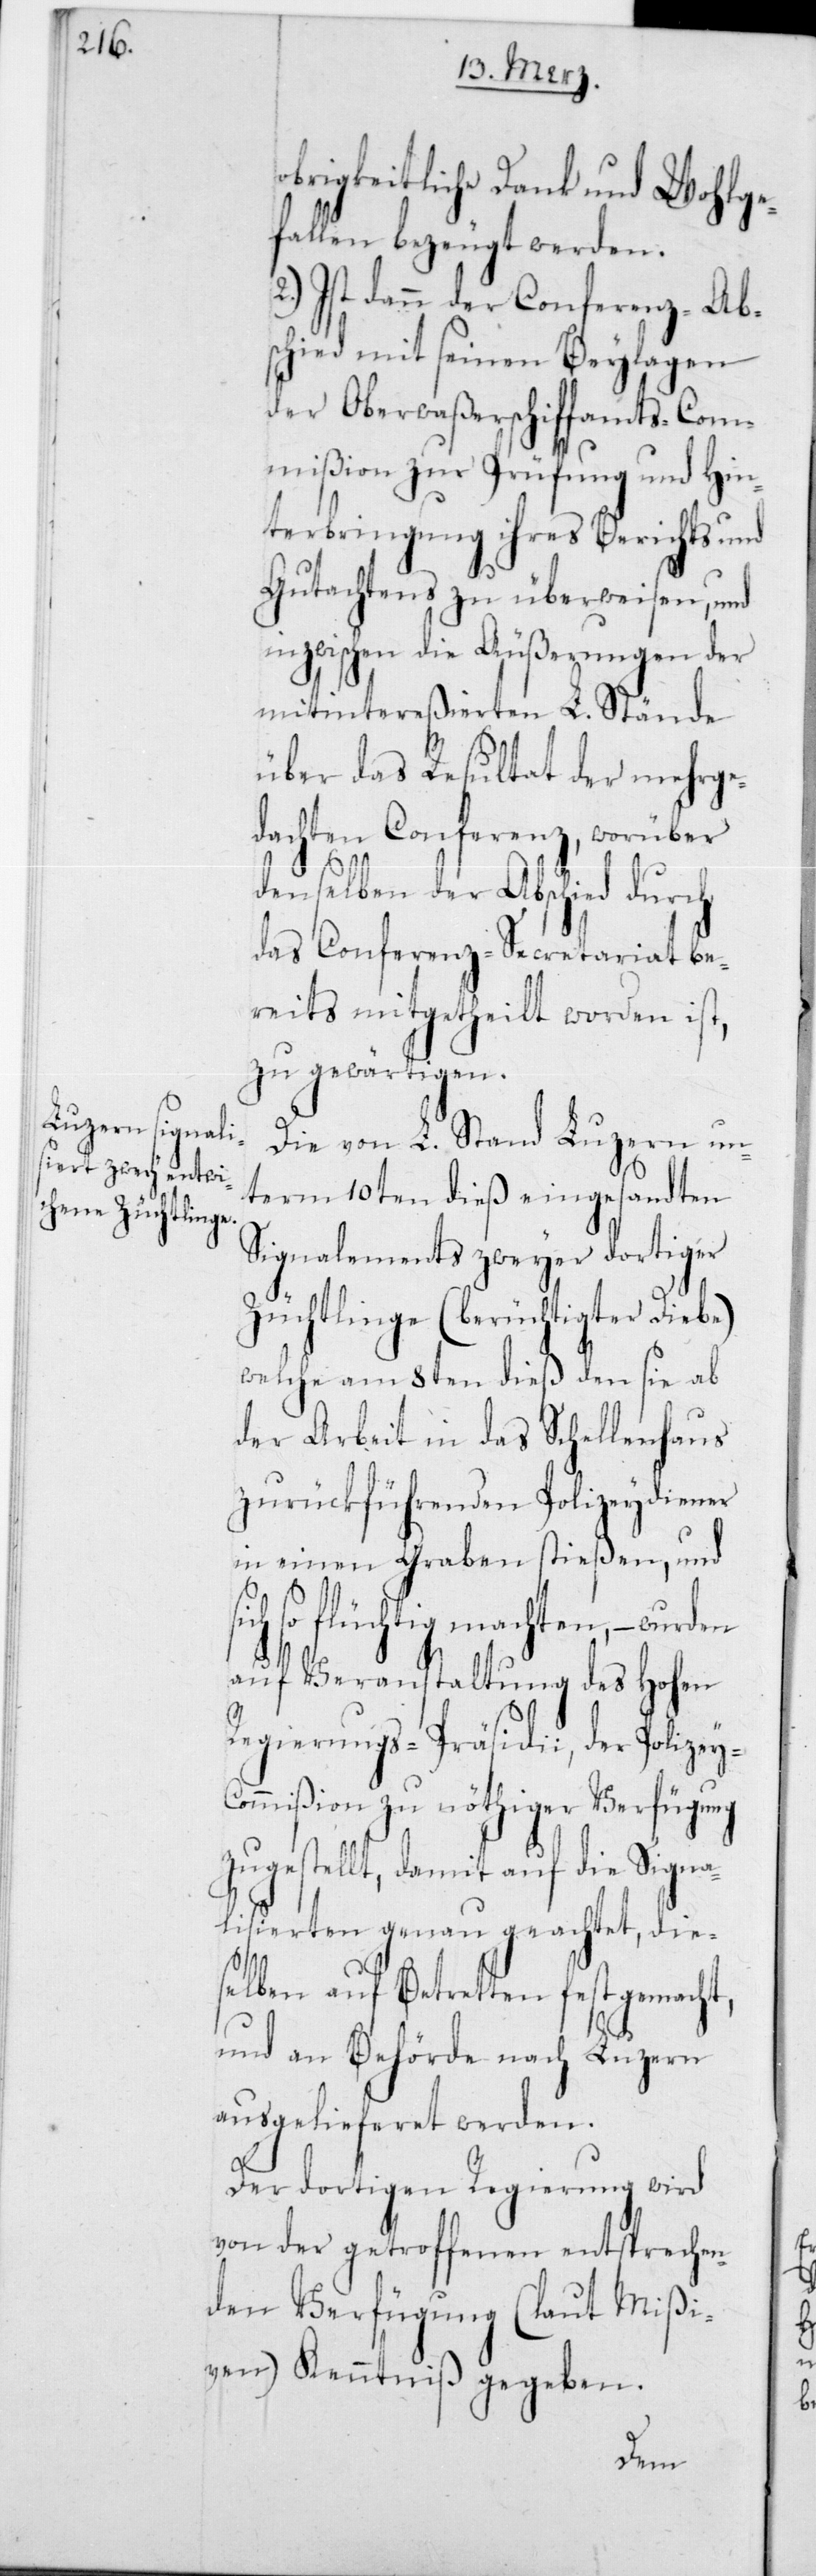
obrigkeitliche Dank und Wohlge¬
fallen bezeugt werden.
2.) Ist dann der Conferenz-Ab¬
schied mit seinen Beylagen
der Oberwaßerschiffamts-Com¬
mißion zur Prüfung und Hin¬
terbringung ihres Berichts und
Gutachtens zu überweisen, und
inzwischen die Äußerungen der
mitintereßierten L. Stände
über das Resultat der mehrge¬
dachten Conferenz, worüber
denselben der Abschied durch
das Conferenz-Secretariat be¬
reits mitgetheilt worden ist,
zu gewärtigen.
Die von L. Stand Luzern un¬
term 10ten dieß eingesandten
Signalements zweyer dortiger
Züchtlinge (berüchtigter Diebe),
welche am 8ten dieß den sie ab
der Arbeit in das Schellenhaus
zurückführenden Polizeydiener
in einen Graben stießen, und
so flüchtig machten,
auf Veranstaltung des Hohen
Regierungs-Präsidii, der Polizey-C¬
ommißion zu nöthiger Verfügung
zugestellt, damit auf die Signa¬
lisierten genau geachtet, die¬
selben auf Betretten festgemacht,
und an Behörde nach Luzern
ausgelieferet werden.
Der dortigen Regierung wird
von der getroffenen entsprechen¬
den Verfügung (laut Mißi¬
ven) Kenntniß gegeben.